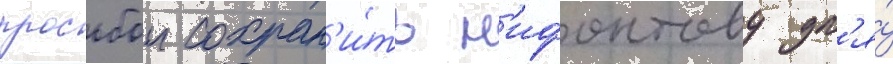
просьбои сохран'и́ть н'ифонтову дл'я́